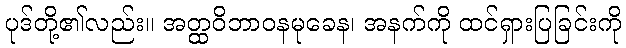
ပုဒ်တို့၏လည်း။ အတ္ထဝိဘာဝနမုခေန၊ အနက်ကို ထင်ရှားပြခြင်းကို